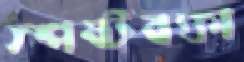
স্পষ্টবক্তা